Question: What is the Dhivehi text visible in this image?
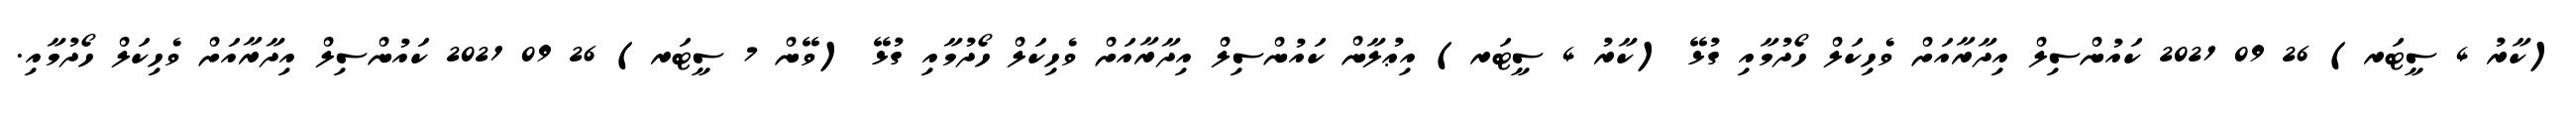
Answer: (ކާރު 4 ސީޓަރ) 26 09 2021 ކައުންސިލް އިދާރާއަށް ވެހިކަލް ހޯދުމާއި ގުޅޭ (ކާރު 4 ސީޓަރ) އިޢުލާން ކައުންސިލް އިދާރާއަށް ވެހިކަލް ހޯދުމާއި ގުޅޭ (ވޭން 7 ސީޓަރ) 26 09 2021 ކައުންސިލް އިދާރާއަށް ވެހިކަލް ހޯދުމާއި.